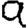
Digit: 9